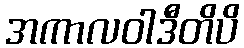
အကာလဝါဒီတိပိ